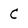
Character: C